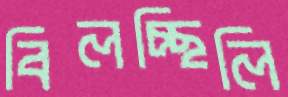
বিলচ্ছিলি